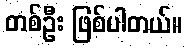
တစ်ဦး ဖြစ်ပါတယ်။